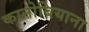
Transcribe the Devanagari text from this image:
कानोबियाना